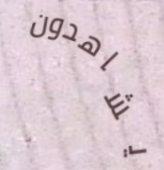
يشاهدون